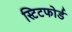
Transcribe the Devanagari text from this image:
स्टिटफोर्ड